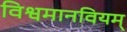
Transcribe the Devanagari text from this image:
विश्वमानवियम्